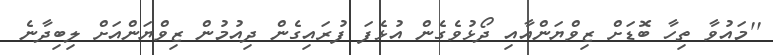
''މައުވާ ތިހާ ބޮޑަށް ޒިވްޔަންއާއި ދޯޅުވެގެން އުޅެފަ ފުރައިގެން ދިއުމުން ޒިވްޔަންއަށް ލިބިދާނެ